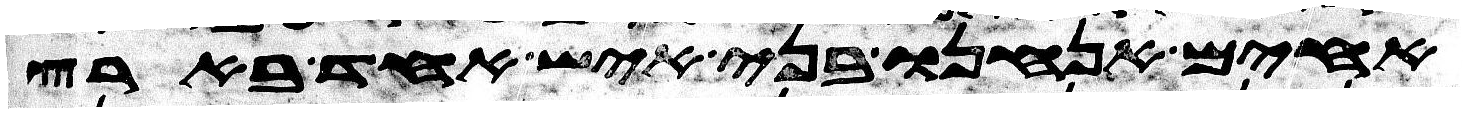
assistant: אחים אנחנו בני איש אחד בארץ